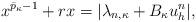
LaTeX: \begin{align*}x^{\bar{p}_{\kappa}-1}+rx=|\lambda_{n,{\kappa}}+B_{\kappa}u^n_h|,\end{align*}